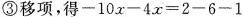
③移项，得$$-10x-4x=2-6-1$$